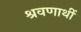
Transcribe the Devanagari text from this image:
श्रवणार्थी